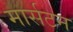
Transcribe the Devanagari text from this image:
मार्सटन